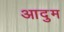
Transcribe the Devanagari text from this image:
आदुम